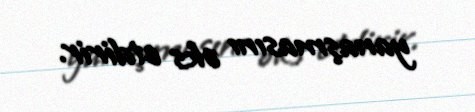
yanaşmasını əks etdirir.